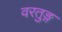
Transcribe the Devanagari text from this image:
वरतुङ्ग